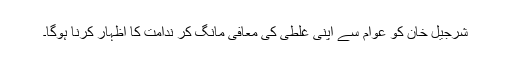
شرجیل خان کو عوام سے اپنی غلطی کی معافی مانگ کر ندامت کا اظہار کرنا ہوگا۔